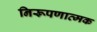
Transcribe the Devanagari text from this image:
निरूपणात्मक